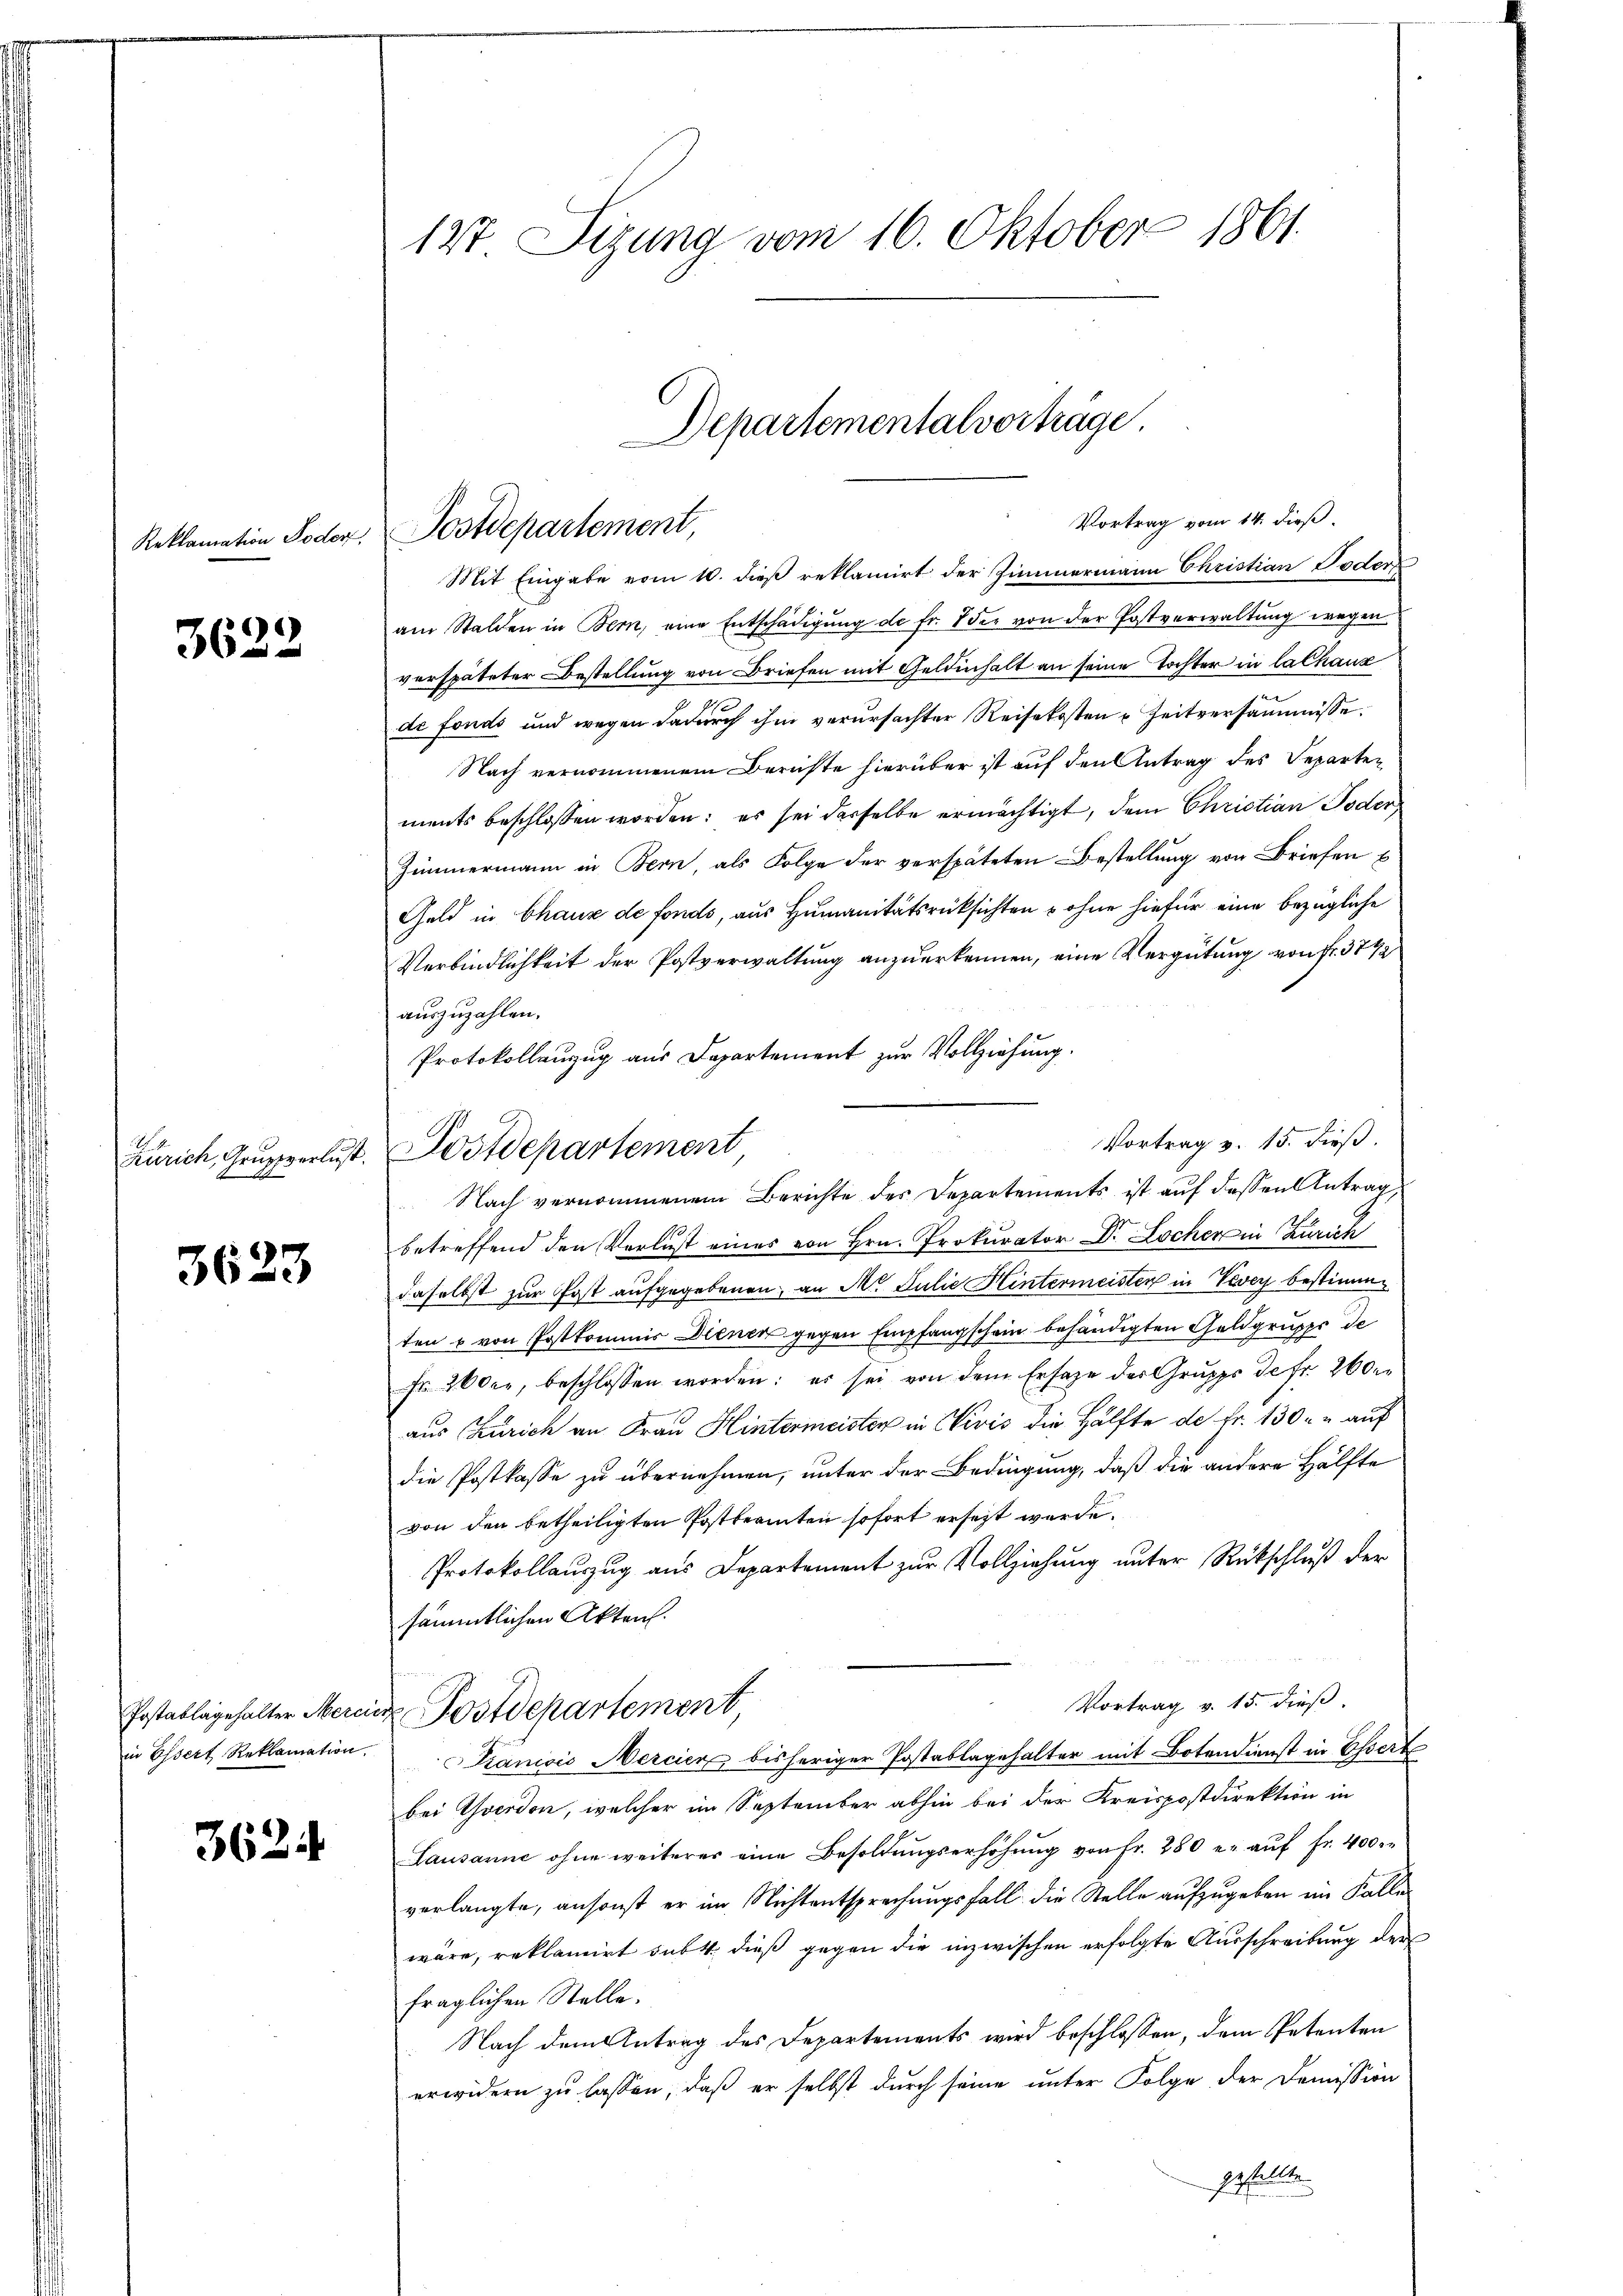
Reklamation Poder,

3622

Zürich, Gruppverlust.

3623

3624

127 Sizung vom 16. Oktober 1861

Mit Eingabe vom 10. dieß reklamirt der Zimmermann Christian Poder
am Stalden in Bern, eine Entschädigung de fr. 7 der von der Postverwaltung wegen
verspäteter Bestellung von Briefen mit Geldinhalt an seine Tochter in lachanz
de fonds und wegen dadurch ihm verursachter Reisekosten Zeitversammüsse.
Nach vernommenem Berichte hierüber ist auf den Antrag des Separten
ments beschlossen worden; es sei derselbe ermächtigt, dem Christian Poder
Zimmermann in Bern, als Folge der verspäteten Bestellung von Briefen
Geld in Chaux de fonds, aus Humanitätsrücksichten & ohne hiefür eine bezügliche
Verbindlichkeit der Postverwaltung anzuerkennen, eine Vergütung von fr. 374
auszuzahlen.
Protokollanzug aus Departement zur Vollziehung.
Nach vernommenen Berichte des Departements ist auf dessen Antrag,
betreffend den Verlust eines von Hrn. Prokurator Dr. Locher in Zürich
daselbst zur Post aufgegebenen, an M. Julie Hintermeisten in Vevey bestimme
ten u von Postkommnis Dienen gegen Empfangschein behändigten Geldgruppe de
Fr. 2000, beschlossen worden: es sei von dem Ersage der Gruppe de fr. 260.
aus Zürich an Frau Hintermeister in Civis die Hälfte de Fr. 130. u auf
die Postkasse zu übernehmen, unter der Bedingung, daß die andere Hälfte
von den betheiligten Postbeamten sofort ersezt werde.
Protokollauszug aus Departement zur Vollziehung unter Rückschluß der
sämmtlichen Akten.
Vortrag v. 15. dieß.
Postablagehalter Merins Postdepartement,
in Essert Reklamation. Kaniois Mercier bisheriger Postablagehalter mit Botendienst in Essert
bei Yverdon, welcher im September abhin bei der Kreispostdirektion in
Lausanne ohne weiterer eine Besoldŭngserhöhŭng von Fr. 280 er aŭf Fr. 400
verlangte, ansonst er im Nichtentsprechungsfall die Stelle aufzugeben im Falle
wäre, reklamirt subt dieß gegen die inzwischen erfolgte Ausschreibung der
fraglichen Stelle.
Nach dem Antrag des Departements wird beschlossen, dem Petenten
erwidern zu lassen, daß er selbst durch seine unter Folge der Demission
gestellte.

Departementalverträge.
Vortrag vom 14. dieß.
Postdepartement,

Postdepartement

Vortrag v. 15. dieß.

o